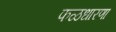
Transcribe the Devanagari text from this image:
फळधारणा